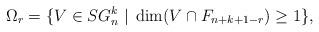
LaTeX: \begin{align*}\Omega_r=\{V\in {SG}_n^k\;|\;\dim(V\cap F_{n+k+1-r})\geq 1\},\end{align*}